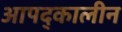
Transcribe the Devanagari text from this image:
आपद्कालीन